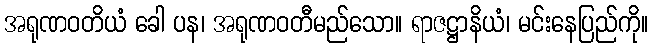
အရုဏဝတိယံ ခေါ ပန၊ အရုဏဝတီမည်သော။ ရာဇဋ္ဌာနိယံ၊ မင်းနေပြည်ကို။